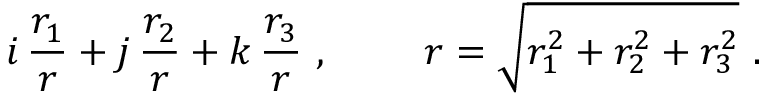
i \, \frac { r _ { 1 } } { r } + j \, \frac { r _ { 2 } } { r } + k \, \frac { r _ { 3 } } { r } ~ , ~ ~ ~ ~ ~ ~ ~ r = \sqrt { r _ { 1 } ^ { 2 } + r _ { 2 } ^ { 2 } + r _ { 3 } ^ { 2 } } ~ .